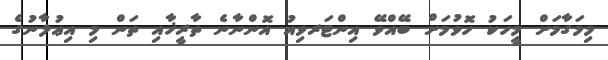
މިމަގާމަށް މީހަކު ހޮވުމަށް ބޭއްވޭ އިންޓަރވިއު އޮންނާނެ ތާރީޚާއި ތަން މި އިޢުލާނުގެ